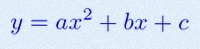
y=ax^2+bx+c